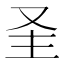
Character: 𱑳